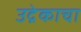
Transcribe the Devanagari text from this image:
उद्रेकाचा